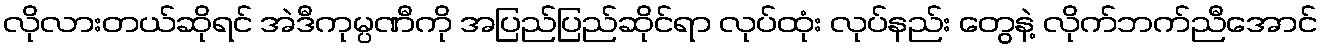
လိုလားတယ်ဆိုရင် အဲဒီကုမ္ပဏီကို အပြည်ပြည်ဆိုင်ရာ လုပ်ထုံး လုပ်နည်း တွေနဲ့ လိုက်ဘက်ညီအောင်